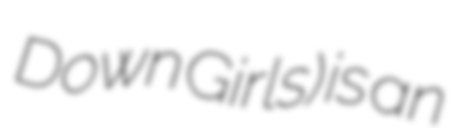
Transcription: Down Girls) is an